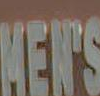
HERS